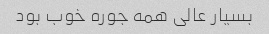
بسیار عالی همه جوره خوب بود